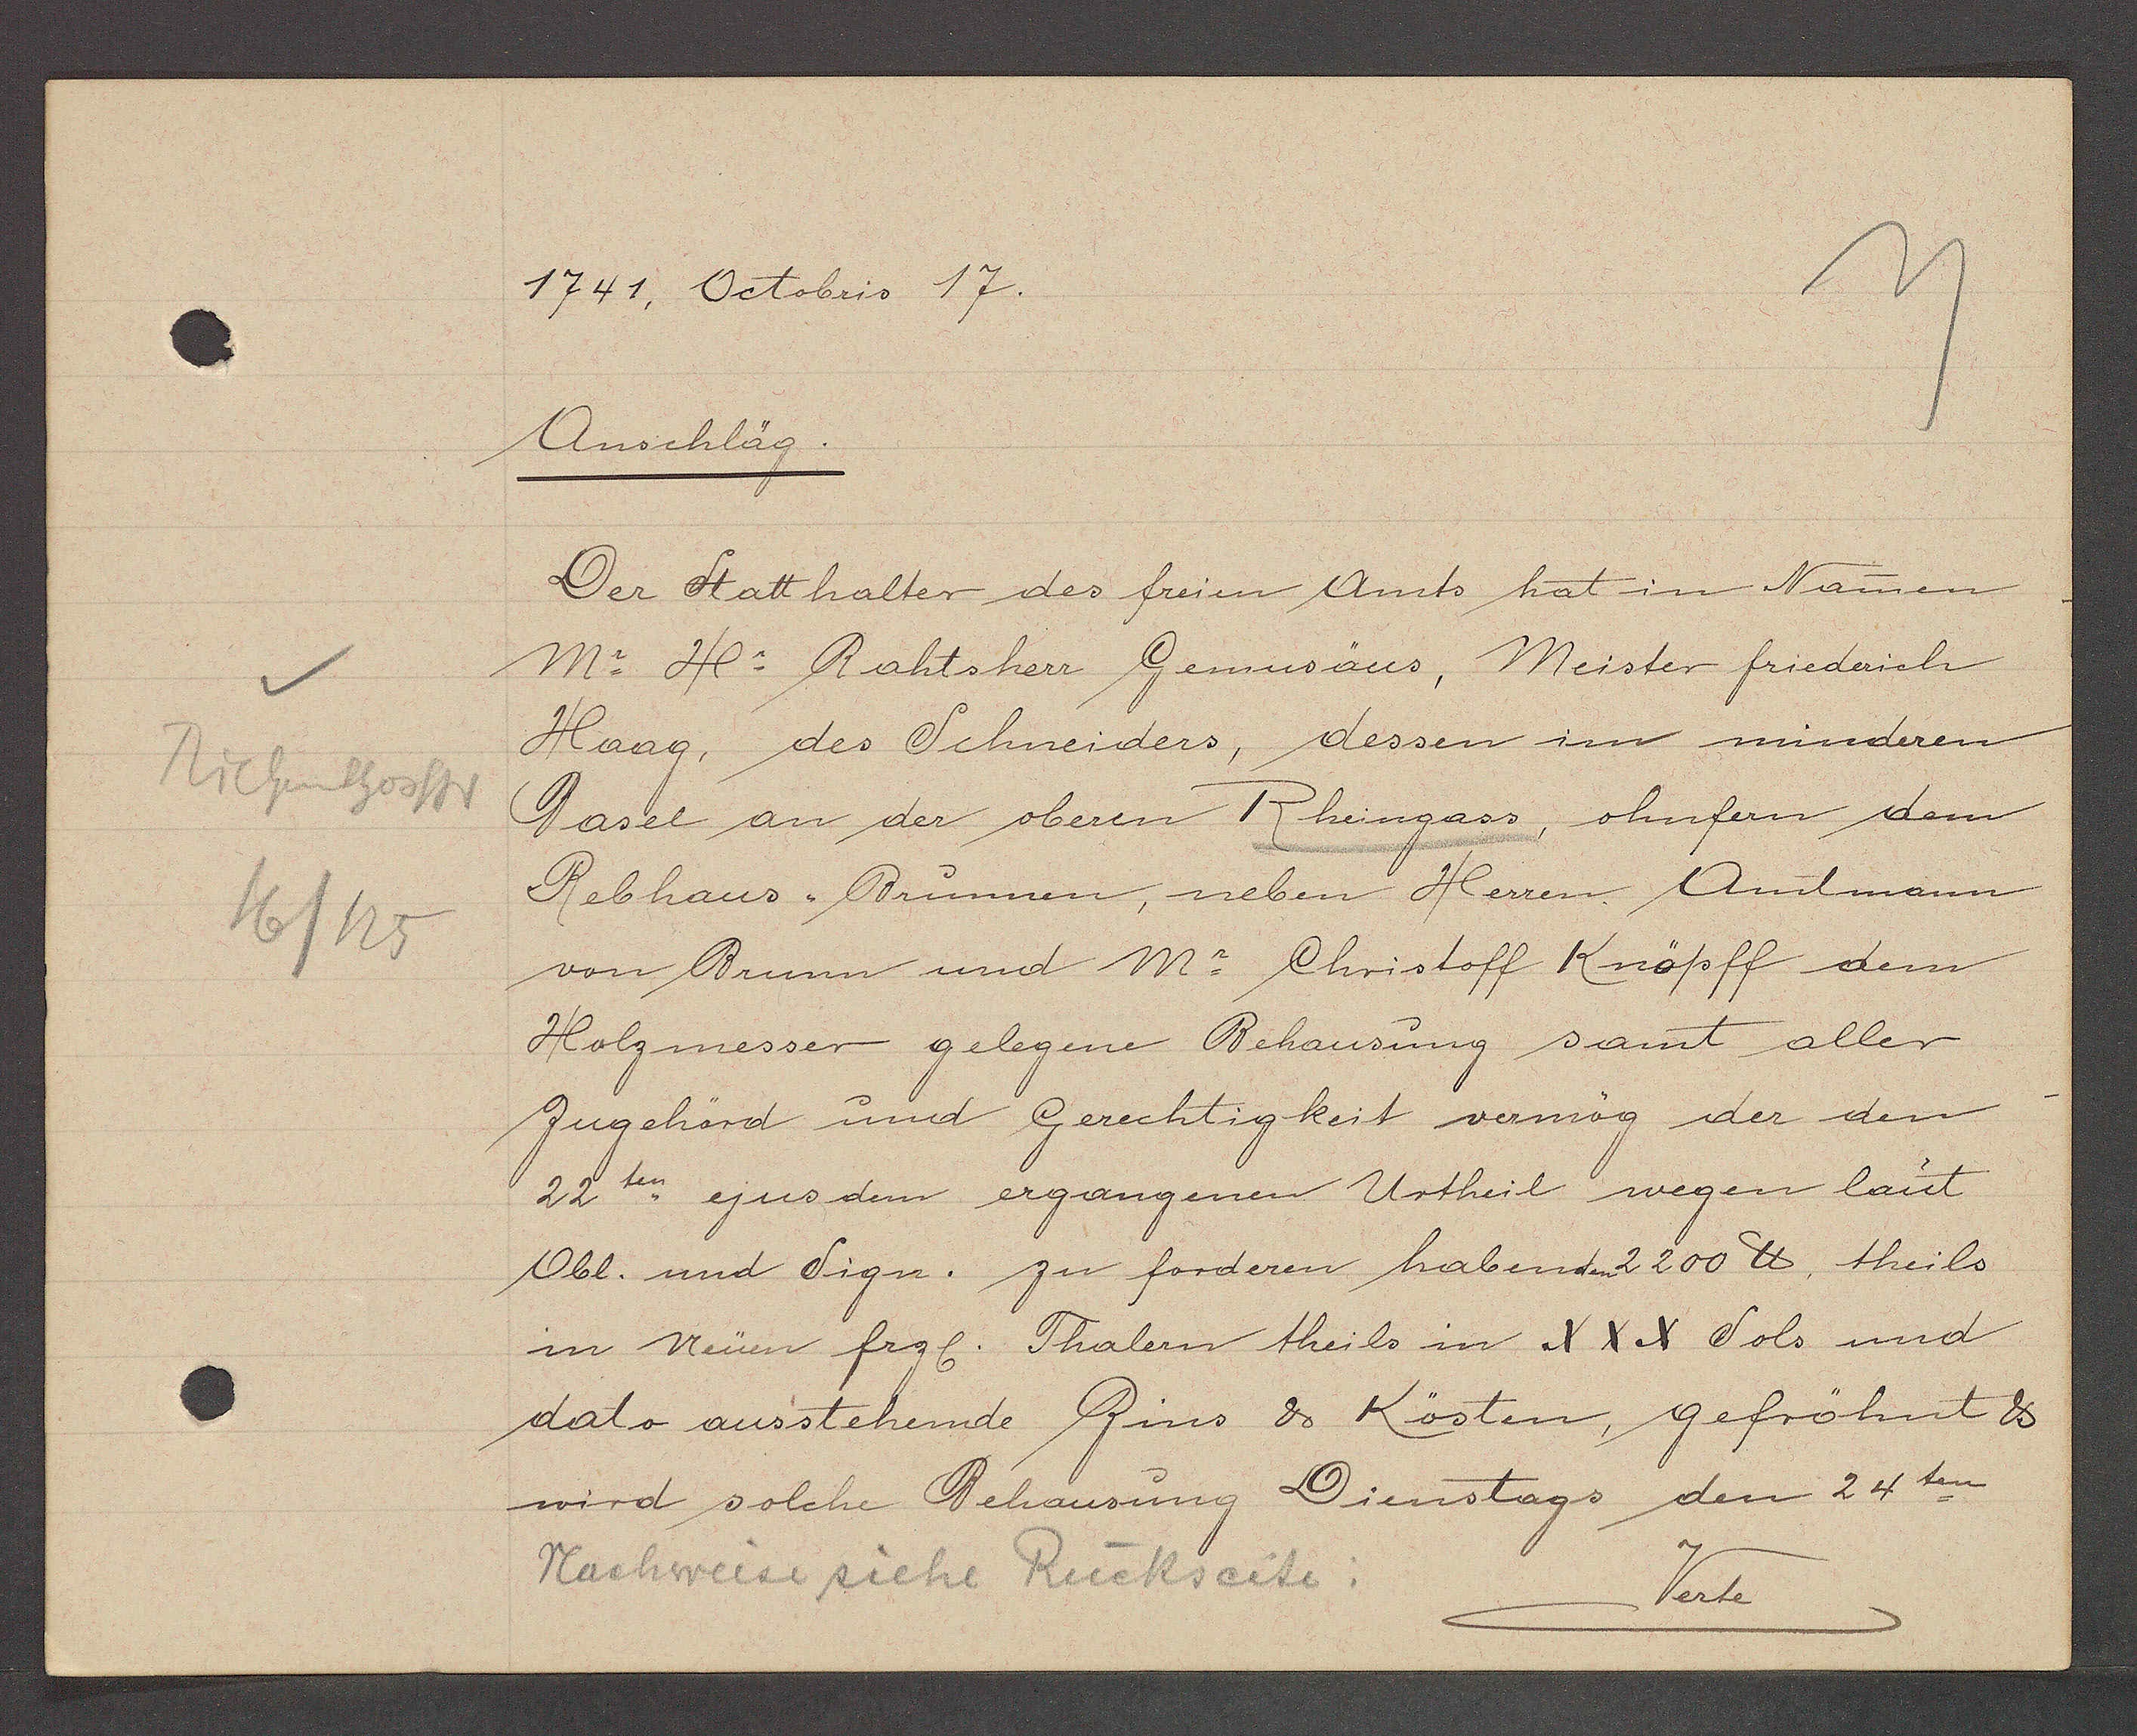
Transcript:
Richenthorstr
16/125

1741. Octobris 17.

Anschläg.
Der Statthalter des freien Amts hat in Namen
Mr. Hr. Rahtsherr Gemusäus, Meister friederich
Haag, des Schneiders, dessen im minderen
Basel an der oberen Rheingass, ohnfern dem
Rebhaus Brunnen, neben Herren Amtmann
von Brunn und Mr. Christoff Knöpff dem

Holzmesser gelegene Behausung samt aller
Zugehörd und Gerechtigkeit vermög der den
22 ten ejus dem ergangenen Urtheil wegen laut
Obl. und Sign. zu forderen habenden 2200 ℔, theils
in Neüen frzl. Thalern theils in XXX Sols und
dato ausstehende Zins & Kösten, gefröhnt &
wird solche Behausung Dienstags den 24ten

Nachweise siehe Rückseite:

Verte